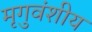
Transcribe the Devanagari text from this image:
मृगुवंशीय